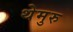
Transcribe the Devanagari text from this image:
थेमुरु